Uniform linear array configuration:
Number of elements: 4
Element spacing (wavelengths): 0.75
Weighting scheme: hamming
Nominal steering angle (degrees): -60
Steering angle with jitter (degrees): -60.785
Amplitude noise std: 0.05
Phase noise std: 0.05

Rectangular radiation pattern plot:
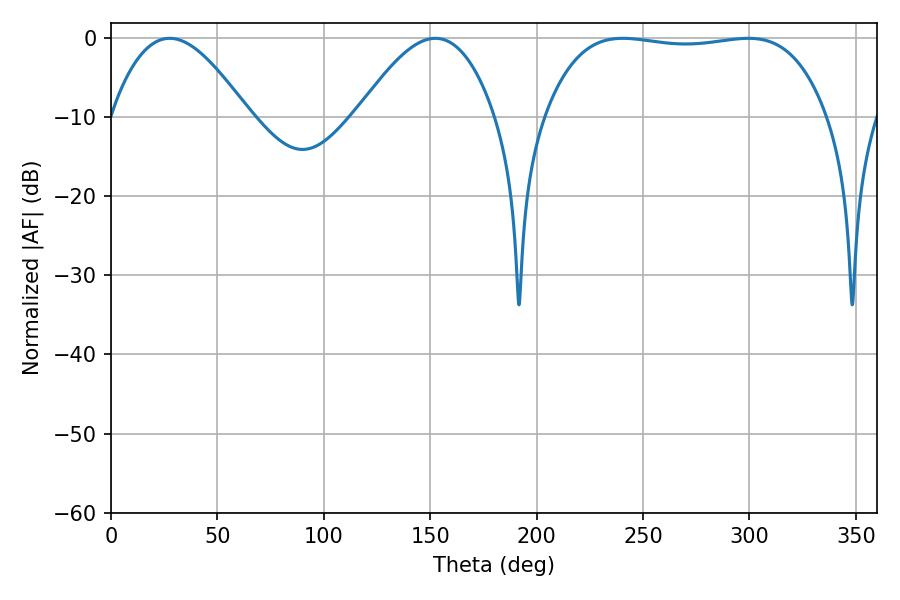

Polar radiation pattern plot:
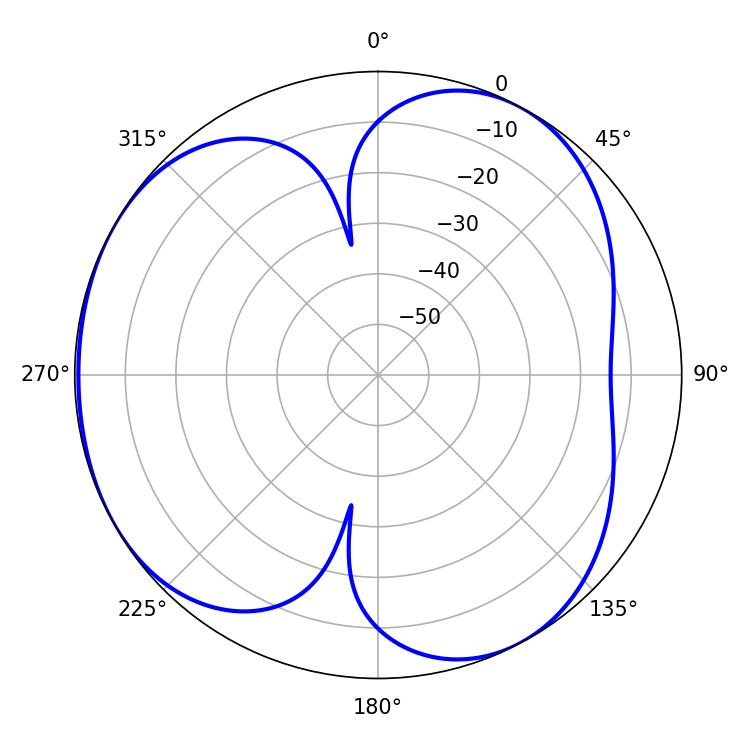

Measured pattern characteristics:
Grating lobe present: TRUE
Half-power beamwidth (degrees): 105.12
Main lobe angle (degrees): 240.48